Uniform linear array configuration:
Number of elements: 4
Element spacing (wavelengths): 1
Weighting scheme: uniform
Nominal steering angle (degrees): -60
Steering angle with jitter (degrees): -58.315
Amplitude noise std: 0.05
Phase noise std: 0.05

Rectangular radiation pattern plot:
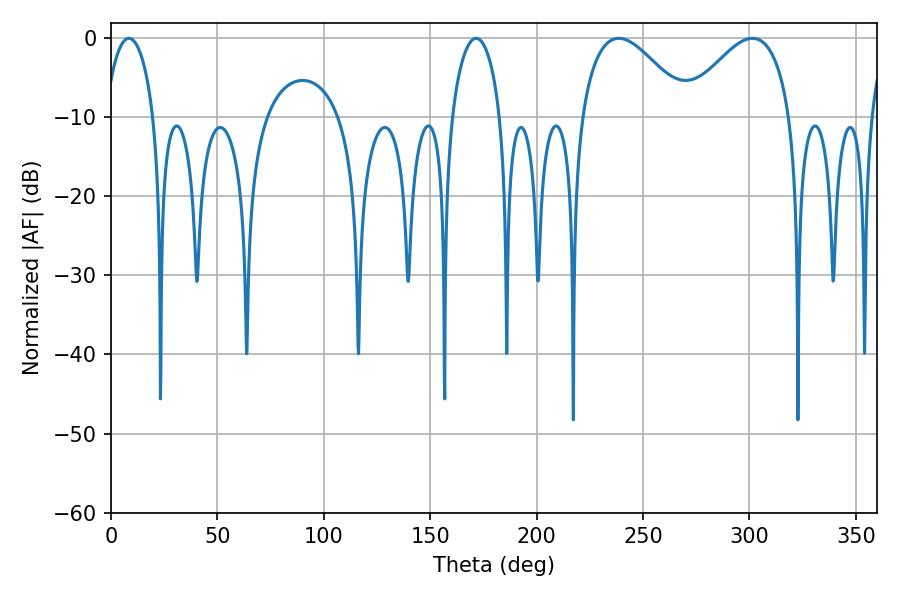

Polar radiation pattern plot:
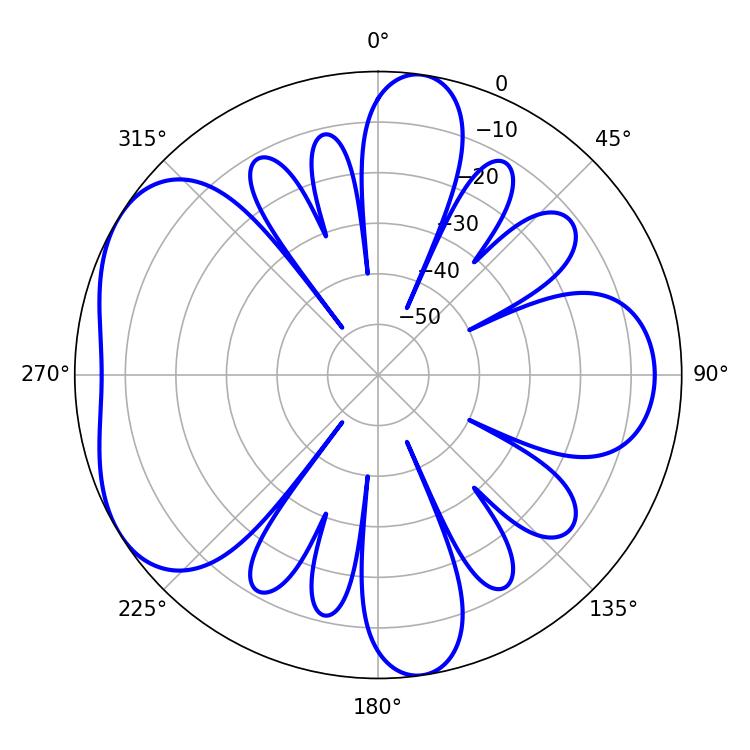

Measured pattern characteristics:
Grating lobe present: TRUE
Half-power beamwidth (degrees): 12.96
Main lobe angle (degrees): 8.46